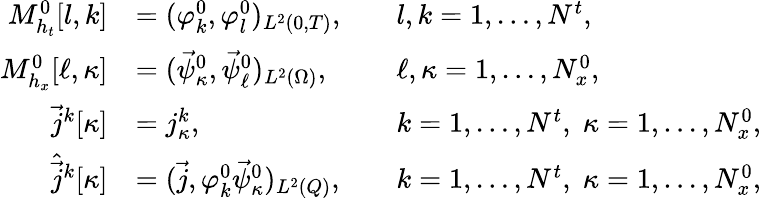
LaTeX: \begin{array}{rlrl}{M_{h_{t}}^{0}[l,k]}&{=(\varphi_{k}^{0},\varphi_{l}^{0})_{L^{2}(0,T)},}&&{l,k=1,\dots,N^{t},}\\ {M_{h_{x}}^{0}[\ell,\kappa]}&{=(\vec{\psi}_{\kappa}^{0},\vec{\psi}_{\ell}^{0})_{L^{2}(\Omega)},}&&{\ell,\kappa=1,\dots,N_{x}^{0},}\\ {\vec{j}^{k}[\kappa]}&{=j_{\kappa}^{k},}&&{k=1,\dots,N^{t},\; \kappa=1,\dots,N_{x}^{0},}\\ {\hat{\vec{j}}^{k}[\kappa]}&{=(\vec{j},\varphi_{k}^{0}\vec{\psi}_{\kappa}^{0})_{L^{2}(Q)},}&&{k=1,\dots,N^{t},\; \kappa=1,\dots,N_{x}^{0},}\end{array}